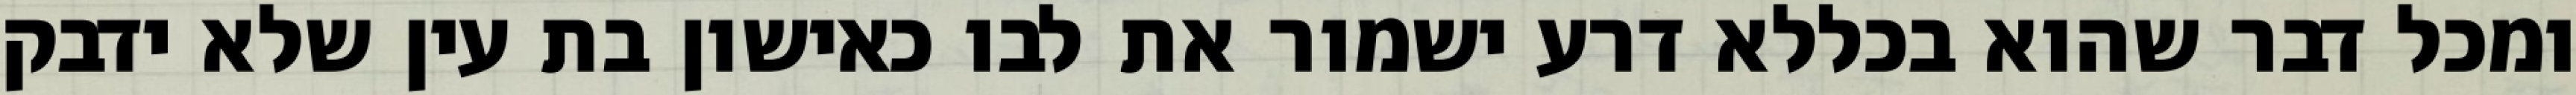
ומכל דבר שהוא בכללא דרע ישמור את לבו כאישון בת עין שלא ידבק